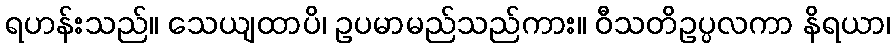
ရဟန်းသည်။ သေယျထာပိ၊ ဥပမာမည်သည်ကား။ ဝီသတိဥပ္ပလကာ နိရယာ၊